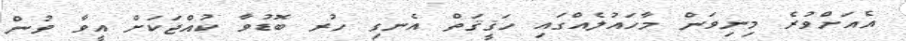
އެއަށްވުރެ މިނިވަން މާހައުލެއްގައި ހަޤީޤަތް އެނގި ހުރ ބޮޑުވާ ކުއްޖަކަށް އީވާ ވުން